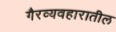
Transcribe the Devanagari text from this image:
गैरव्यवहारातील